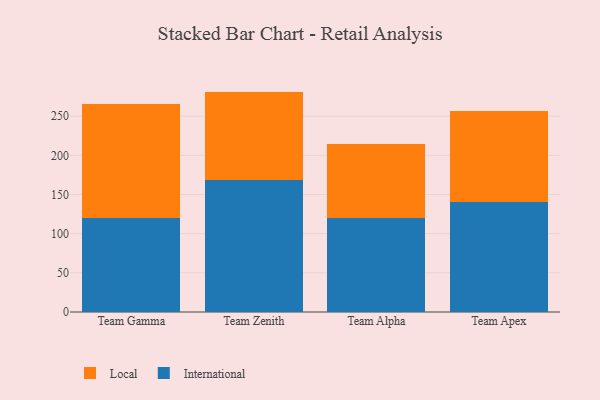
{"axis": {"x": "Team", "y": "Gross Profit (USD K)"}, "legend": ["International", "Local"], "data": [{"x": "Team Gamma", "y": 120.1, "type": "International"}, {"x": "Team Gamma", "y": 145.1, "type": "Local"}, {"x": "Team Zenith", "y": 168.8, "type": "International"}, {"x": "Team Zenith", "y": 112.6, "type": "Local"}, {"x": "Team Alpha", "y": 119.6, "type": "International"}, {"x": "Team Alpha", "y": 95.0, "type": "Local"}, {"x": "Team Apex", "y": 140.0, "type": "International"}, {"x": "Team Apex", "y": 116.4, "type": "Local"}]}